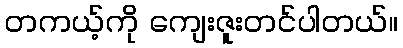
တကယ့်ကို ကျေးဇူးတင်ပါတယ်။